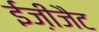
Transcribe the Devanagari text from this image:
ईज़ीजैट